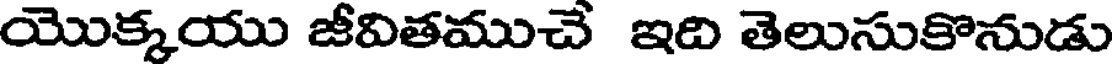
యొక్కయు జీవితముచే ఇది తెలుసుకొనుడు